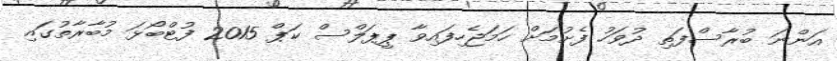
އަންނަ ބުރާސްފަތި ދުވަހު ފެށުމަށް ހަމަޖެހިފައިވާ ޕީޕަލްސް ކަޕް 2015 ފުޓްބޯޅަ މުބާރާތުގައި